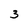
Character: 3